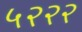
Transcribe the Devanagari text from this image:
५२२२